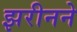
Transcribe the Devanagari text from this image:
झरीनने